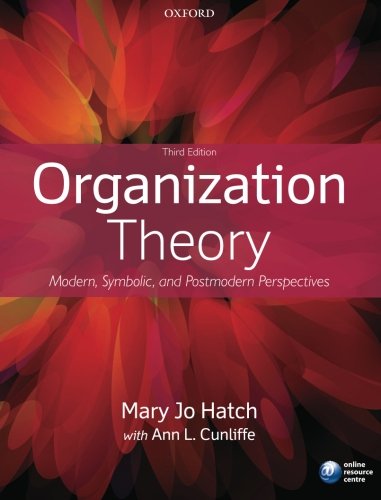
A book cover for Organization Theory: Modern, Symbolic, and Postmodern Perspectives; Mary Jo Hatch; Business & Money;